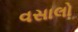
વસાલો